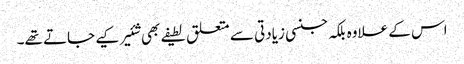
اس کے علاوہ بلکہ جنسی زیادتی سے متعلق لطیفے بھی شئیر کیے جاتے تھے۔